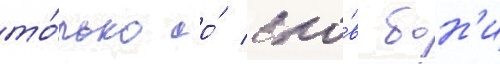
то́лько со́ сло́в бон'и